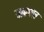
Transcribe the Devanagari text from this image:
ताम्रपात्र